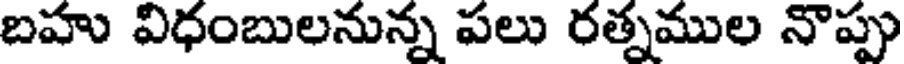
బహు విధంబులనున్న పలు రత్నముల నొప్పు